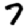
Digit: 7